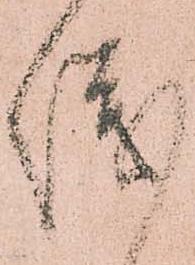
儀